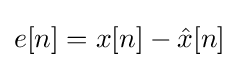
e[n]=x[n]-{\hat {x}}[n]